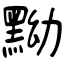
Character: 黝